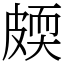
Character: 㿵